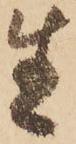
生